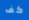
كف